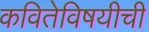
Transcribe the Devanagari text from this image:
कवितेविषयीची